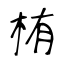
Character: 栯